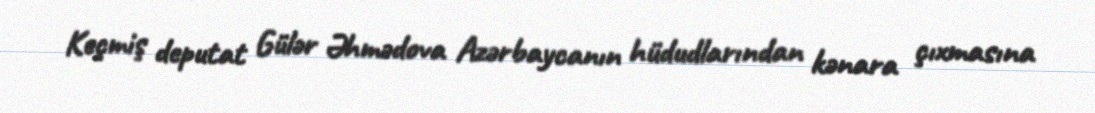
Keçmiş deputat Gülər Əhmədova Azərbaycanın hüdudlarından kənara çıxmasına